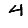
Digit: 4